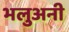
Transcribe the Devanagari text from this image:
भलुअनी